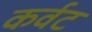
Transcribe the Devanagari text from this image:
कर्वट